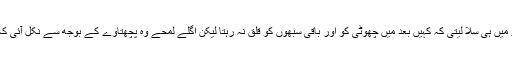
کیا ہوتا جو وہ اسے روک لیتی، بھلے نہ بتاتی مگر اپنے کمرے میں ہی سلا لیتی کہ کہیں بعد میں چھوٹی کو اور باقی سبھوں کو قلق نہ رہتا لیکن اگلے لمحے وہ پچھتاوے کے بوجھ سے نکل آئی کہ وہ بہادری کے ساتھ آج کی رات کا تنہا سامنا کرنا چاہتی تھی۔